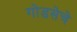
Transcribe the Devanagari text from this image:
गोडसेचे